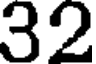
32